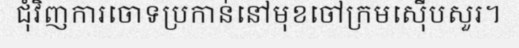
ជុំវិញការចោទប្រកាន់នៅមុខចៅក្រមស៊ើបសួរ។